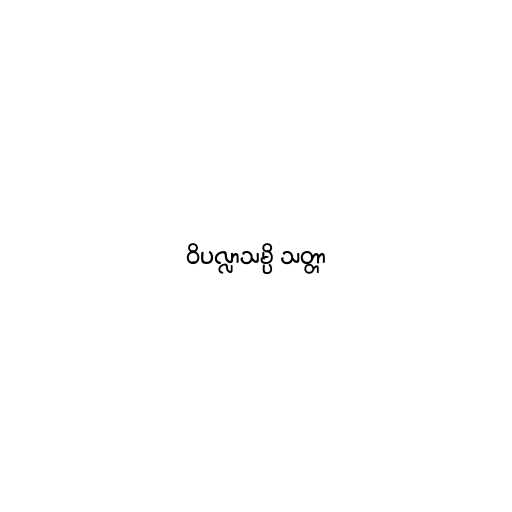
ဝိပလ္လာသမ္ပိ သတ္တာ